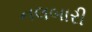
નલબારી